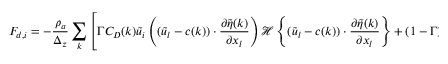
F _ { d , i } = - \frac { \rho _ { a } } { \Delta _ { z } } \sum _ { k } \left[ \Gamma C _ { D } ( k ) \widetilde { u } _ { i } \left( ( \widetilde { u } _ { l } - c ( k ) ) \cdot \frac { \partial \widetilde { \eta } ( k ) } { \partial x _ { l } } \right) { \mathcal { H } \left\{ ( \widetilde { u } _ { l } - c ( k ) ) \cdot \frac { \partial \widetilde { \eta } ( k ) } { \partial x _ { l } } \right\} } + ( 1 - \Gamma ) \beta ( k ) \frac { ( a k u _ { * } ) ^ { 2 } } { 2 } \right]